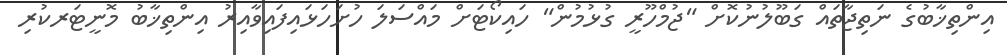
އިންތިޚާބުގެ ނަތިޖާތައް ގަބޫލުނުކޮށް "ޖުމްހޫރީ ގުޅުމުން" ހައިކޯޓަށް މައްސަލަ ހުށަހަޅައިފައިވާއިރު އިންތިޚާބު މޮނީޓަރކުރި